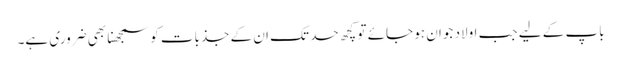
باپ کے لیے جب اولاد جوان ہو جائے تو کچھ حد تک ان کے جذبات کو سمجھنا بھی ضروری ہے۔